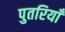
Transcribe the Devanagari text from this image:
पुतरियाँ